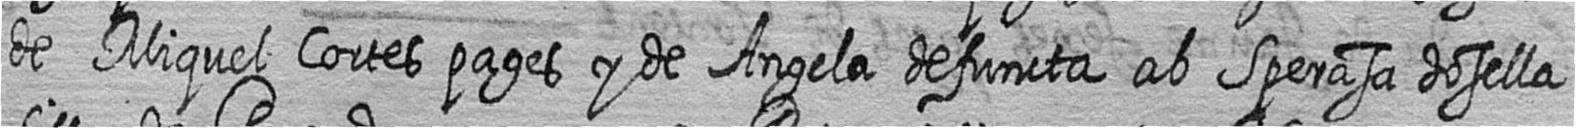
de Miquel Cortes pages y de Angela defuncta ab Sperasa dosella